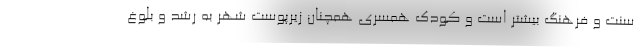
سنت و فرهنگ بیشتر است و کودک همسری همچنان زیرپوست شهر به رشد و بلوغ